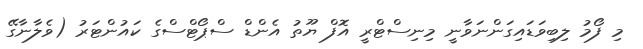
މި ފޯމު ލިބިވަޑައިގަންނަވާނީ މިނިސްޓްރީ އޮފް ޔޫތު އެންޑް ސްޕޯޓްސްގެ ކައުންޓަރު (ވެލާނާގޭ